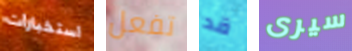
استخبارات تفعل قد سيرى